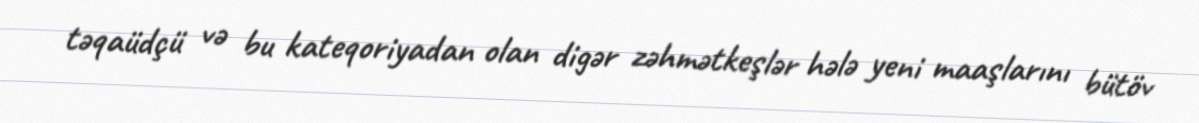
təqaüdçü və bu kateqoriyadan olan digər zəhmətkeşlər hələ yeni maaşlarını bütöv